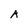
Character: A